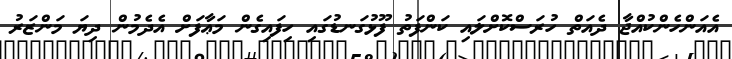
އެއަންހެންކުއްޖާ ދެއަތް ހުރަސްކޮށްލައި ކަންފަތު ފޫޅުގަނޑުގައި ހިފައިގެން މަޢާފަށް އެދެމުން ދިޔަ މަންޒަރު